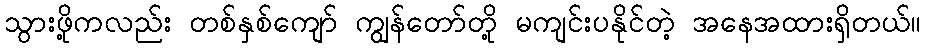
သွားဖို့ကလည်း တစ်နှစ်ကျော် ကျွန်တော်တို့ မကျင်းပနိုင်တဲ့ အနေအထားရှိတယ်။